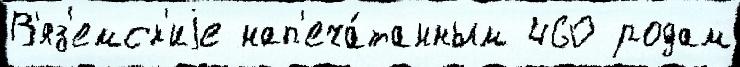
В'яз'емск'иjе нап'еча́танным 460 родам